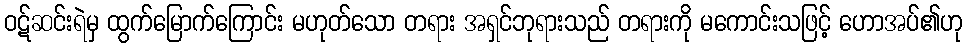
ဝဋ်ဆင်းရဲမှ ထွက်မြောက်ကြောင်း မဟုတ်သော တရား အရှင်ဘုရားသည် တရားကို မကောင်းသဖြင့် ဟောအပ်၏ဟု